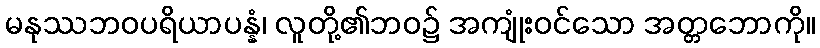
မနုဿဘဝပရိယာပန္နံ၊ လူတို့၏ဘဝ၌ အကျုံးဝင်သော အတ္တဘောကို။